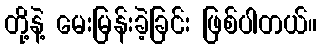
တို့နဲ့ မေးမြန်းခဲ့ခြင်း ဖြစ်ပါတယ်။